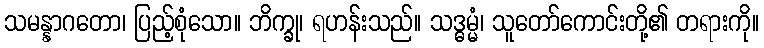
သမန္နာဂတော၊ ပြည့်စုံသော။ ဘိက္ခု၊ ရဟန်းသည်။ သဒ္ဓမ္မံ၊ သူတော်ကောင်းတို့၏ တရားကို။